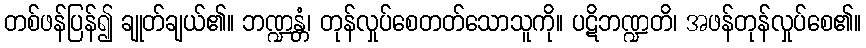
တစ်ဖန်ပြန်၍ ချုတ်ချယ်၏။ ဘဏ္ဍန္တံ၊ တုန်လှုပ်စေတတ်သောသူကို။ ပဋိဘဏ္ဍတိ၊ အဖန်တုန်လှုပ်စေ၏။